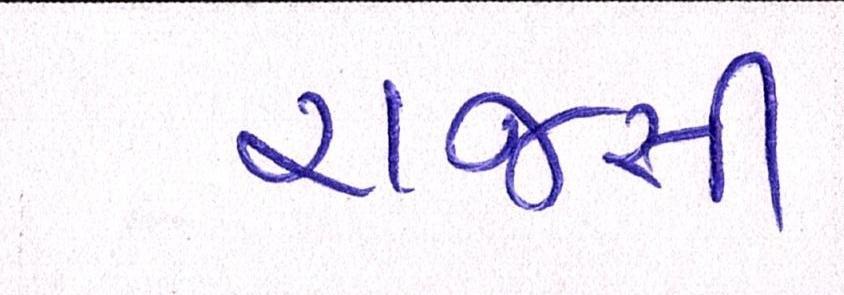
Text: રાજસી